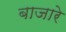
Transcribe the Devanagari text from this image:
बाजारे